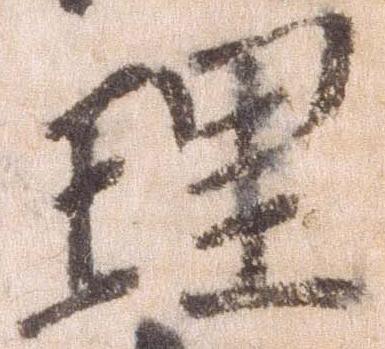
理